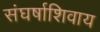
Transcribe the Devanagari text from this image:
संघर्षाशिवाय